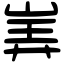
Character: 㟖